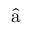
\hat { \textmd a } _ { }